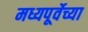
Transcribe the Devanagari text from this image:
मध्यपूर्वेच्या